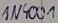
Text: IN4001